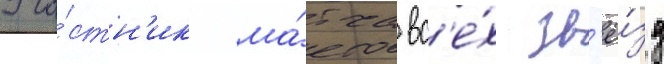
Уча́стн'ик ма́тча вс'е́х зв'ё́зд